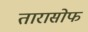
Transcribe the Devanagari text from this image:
तारासोफ